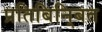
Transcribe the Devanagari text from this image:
प्रतिबिनि्बत